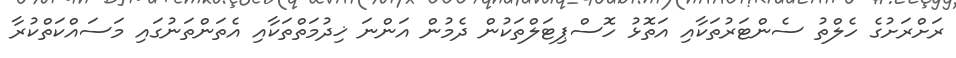
ރަށްރަށުގެ ހެލްތު ސެންޓަރުތަކާއި އަތޮޅު ހޮސްޕިޓަލްތަކުން ދެމުން އަންނަ ޚިދުމަތްތަކާއި އެތަންތަނުގައި މަސައްކަތްކުރާ